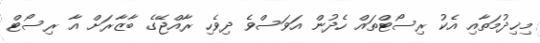
މިޚިދުމަތާއި އެކު ރިސޯޓްތައް ހެދުން އަވަސްވެ ދިވެހި ރާއްޖޭގެ ބާޒާރަށް އާ ރިސޯޓް